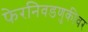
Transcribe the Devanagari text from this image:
फेरनिवडणुकीवर